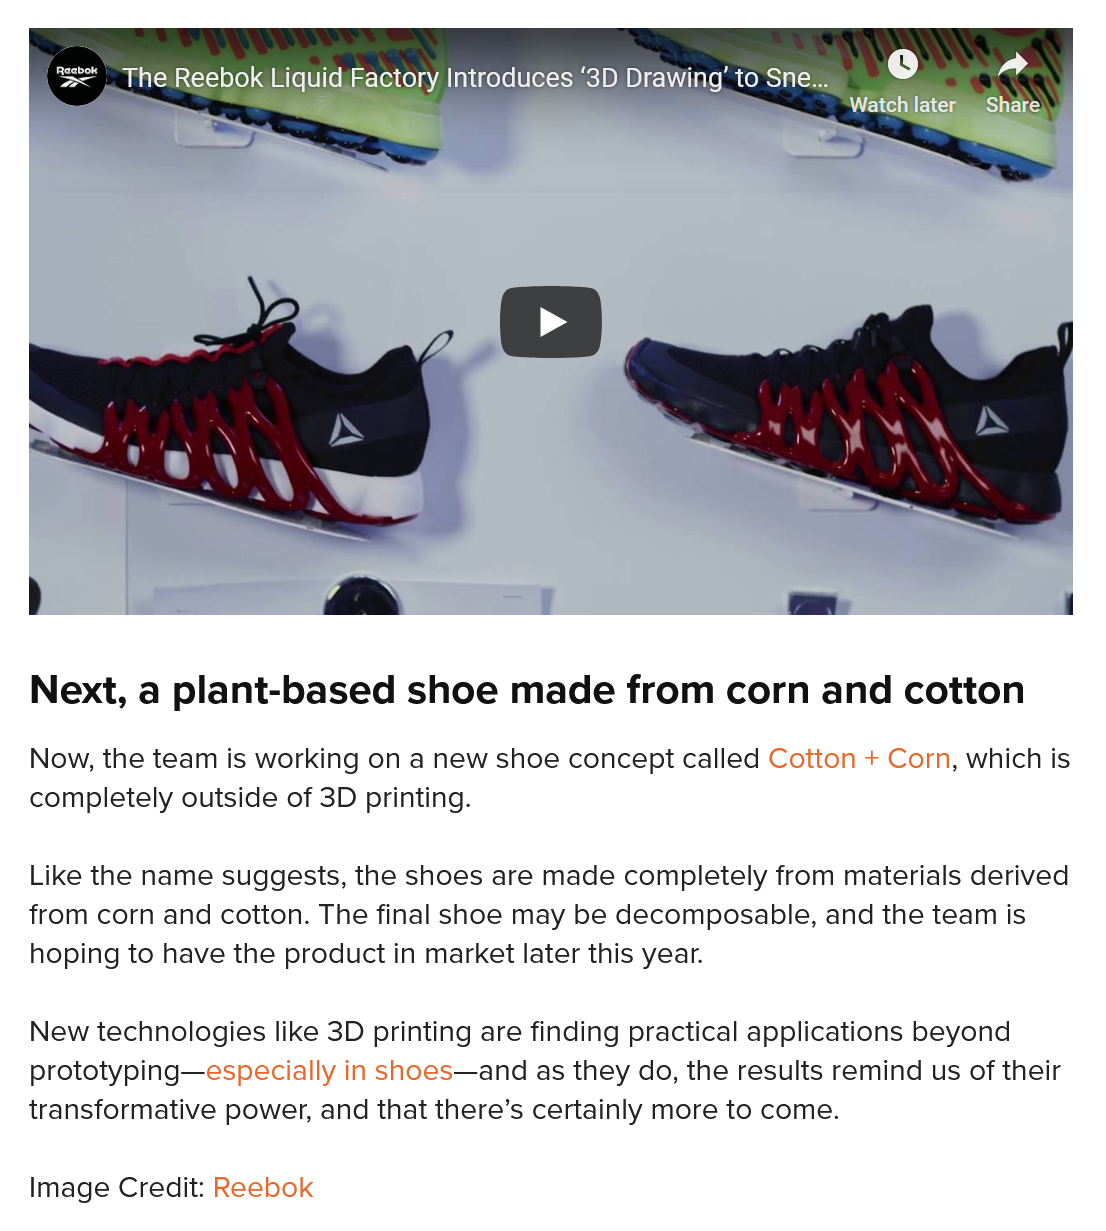
Next,  a plant-based    shoe   made   from   corn  and  cotton
   Image Credit: Reebok
   Now, the team is working on a new shoe concept called Cotton + Corn, which is
  completely outside of 3D printing.
   Like the name suggests, the shoes are made completely from materials derived
  from corn and cotton. The final shoe may be decomposable, and the team is
   hoping to have the product in market later this year.
   New technologies like 3D printing are finding practical applications beyond
   prototyping—especially in shoes—and as they do, the results remind us of their
  transformative power, and that there’s certainly more to come.